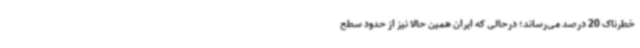
خطرناک 20 درصد می‌رساند؛ درحالی که ایران همین حالا نیز از حدود سطح